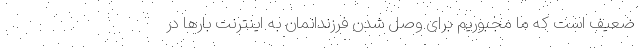
ضعیف است که ما مجبوریم برای وصل شدن فرزندانمان به اینترنت بارها در